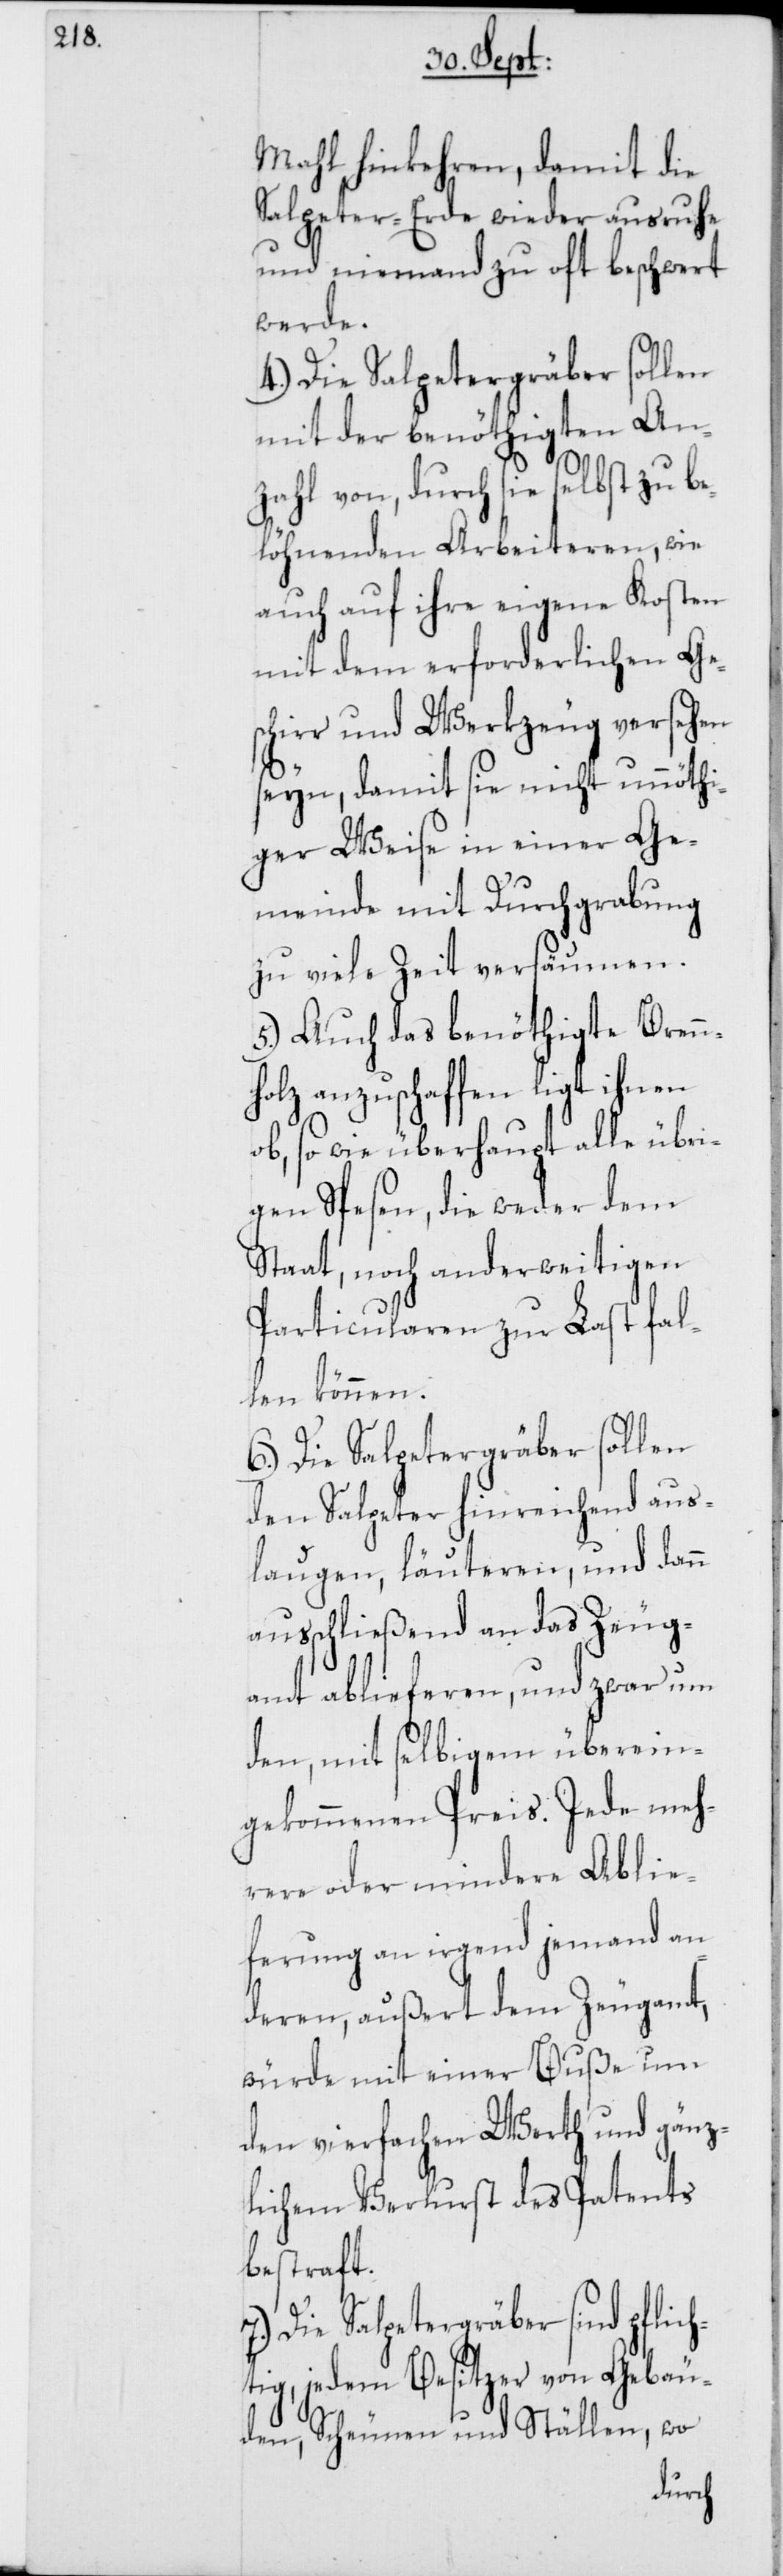
Mahl hinkehren, damit die
Salpeter-Erde wieder ausruhe
und niemand zu oft beschwert
werde.
4.) Die Salpetergräber sollen
mit der benöthigten An¬
zahl von, durch sie selbst zu be¬
löhnenden Arbeiteren, wie
auch auf ihre eigene Kosten
mit dem erforderlichen Ge¬
schirr und Werkzeug versehen
seyn, damit sie nicht unnöthi¬
ger Weise in einer Ge¬
meinde mit Durchgrabung
zu viele Zeit versäumen.
5.) Auch das benöthigte Brenn¬
holz anzuschaffen ligt ihnen
ob, so wie überhaupt alle übri¬
gen Spesen, die weder dem
Staat, noch anderweitigen
Particularen zur Last fal¬
len können.
6.) Die Salpetergräber sollen
den Salpeter hinreichend aus¬
laugen, läuteren, und dann
ausschließend an das Zeug¬
amt ablieferen, und zwar um
den, mit selbigem überein¬
gekommenen Preis. Jede meh¬
rere oder mindere Ablie¬
ferung an irgend jemand an¬
deren, außert dem Zeugamt,
würde mit einer Buße um
den vierfachen Werth und gänz¬
lichem Verlurst des Patents
bestraft.
7.)
Die Salpetergräber sind pflich¬
tig, jedem Besitzer von Gebäu¬
den, Scheunen und Ställen, wo